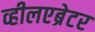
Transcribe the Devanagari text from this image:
व्हीलएब्रेटर